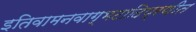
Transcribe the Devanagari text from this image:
इतिवामनवाग्भटादिप्रणीत